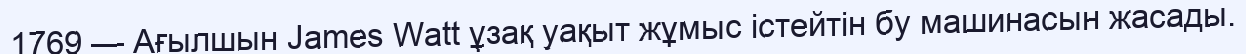
1769 — Ағылшын James Watt ұзақ уақыт жұмыс істейтін бу машинасын жасады.